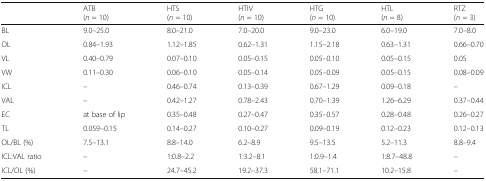
|  | ATB(n = 10) | HTS(n = 10) | HTIV(n = 10) | HTG(n = 10) | HTL(n = 8) | RTZ(n = 3) |
 | --- | --- | --- | --- | --- | --- | --- |
 | BL | 9.0–25.0 | 8.0–21.0 | 7.0–20.0 | 9.0–23.0 | 6.0–19.0 | 7.0–8.0 |
 | OL | 0.84–1.93 | 1.12–1.85 | 0.62–1.31 | 1.15–2.18 | 0.63–1.31 | 0.66–0.70 |
 | VL | 0.40–0.79 | 0.07–0.10 | 0.05–0.15 | 0.05–0.10 | 0.05–0.15 | 0.05 |
 | VW | 0.11–0.30 | 0.06–0.10 | 0.05–0.14 | 0.05–0.09 | 0.05–0.15 | 0.08–0.09 |
 | ICL | – | 0.46–0.74 | 0.13–0.39 | 0.67–1.29 | 0.09–0.18 | – |
 | VAL | – | 0.42–1.27 | 0.78–2.43 | 0.70–1.39 | 1.26–6.29 | 0.37–0.44 |
 | EC | at base of lip | 0.35–0.48 | 0.27–0.47 | 0.35–0.57 | 0.28–0.48 | 0.26–0.27 |
 | TL | 0.059–0.15 | 0.14–0.27 | 0.10–0.27 | 0.09–0.19 | 0.12–0.23 | 0.12–0.13 |
 | OL/BL (%) | 7.5–13.1 | 8.8–14.0 | 6.2–8.9 | 9.5–13.5 | 5.2–11.3 | 8.8–9.4 |
 | ICL:VAL ratio | – | 1:0.8–2.2 | 1:3.2–8.1 | 1:0.9–1.4 | 1:8.7–48.8 | – |
 | ICL/OL (%) | – | 24.7–45.2 | 19.2–37.3 | 58.1–71.1 | 10.2–15.8 | – |